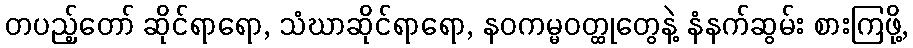
တပည့်တော် ဆိုင်ရာရော, သံဃာဆိုင်ရာရော, နဝကမ္မဝတ္ထုတွေနဲ့ နံနက်ဆွမ်း စားကြဖို့,